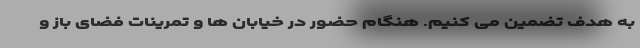
به هدف تضمین می کنیم. هنگام حضور در خیابان ها و تمرینات فضای باز و